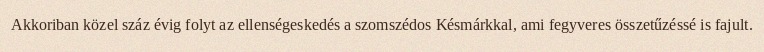
Akkoriban közel száz évig folyt az ellenségeskedés a szomszédos Késmárkkal, ami fegyveres összetűzéssé is fajult.